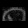
Digit: ၈